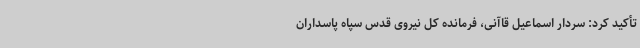
تأکید کرد: سردار اسماعیل قاآنی، فرمانده کل نیروی قدس سپاه پاسداران